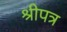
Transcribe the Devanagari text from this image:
श्रीपत्र